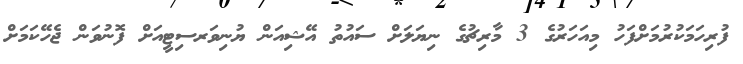
ފުރިހަމަކުރުމަށްފަހު މިއަހަރުގެ 3 މާރިޗުގެ ނިޔަލަށް ސައުތު އޭޝިއަން ޔުނިވަރސިޓީއަށް ފޮނުވަން ޖެހޭކަމަށް